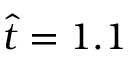
\hat { t } = 1 . 1